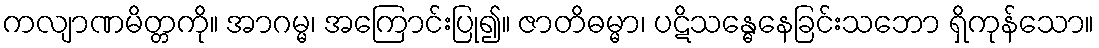
ကလျာဏမိတ္တကို။ အာဂမ္မ၊ အကြောင်းပြု၍။ ဇာတိဓမ္မာ၊ ပဋိသန္ဓေနေခြင်းသဘော ရှိကုန်သော။